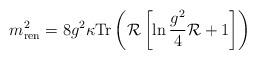
LaTeX: \begin{align*}m^2_{\rm ren} = 8g^2\kappa{\rm Tr}\left({\cal R}\left[\ln\frac{g^2}{4}{\cal R}+1\right]\right)\end{align*}